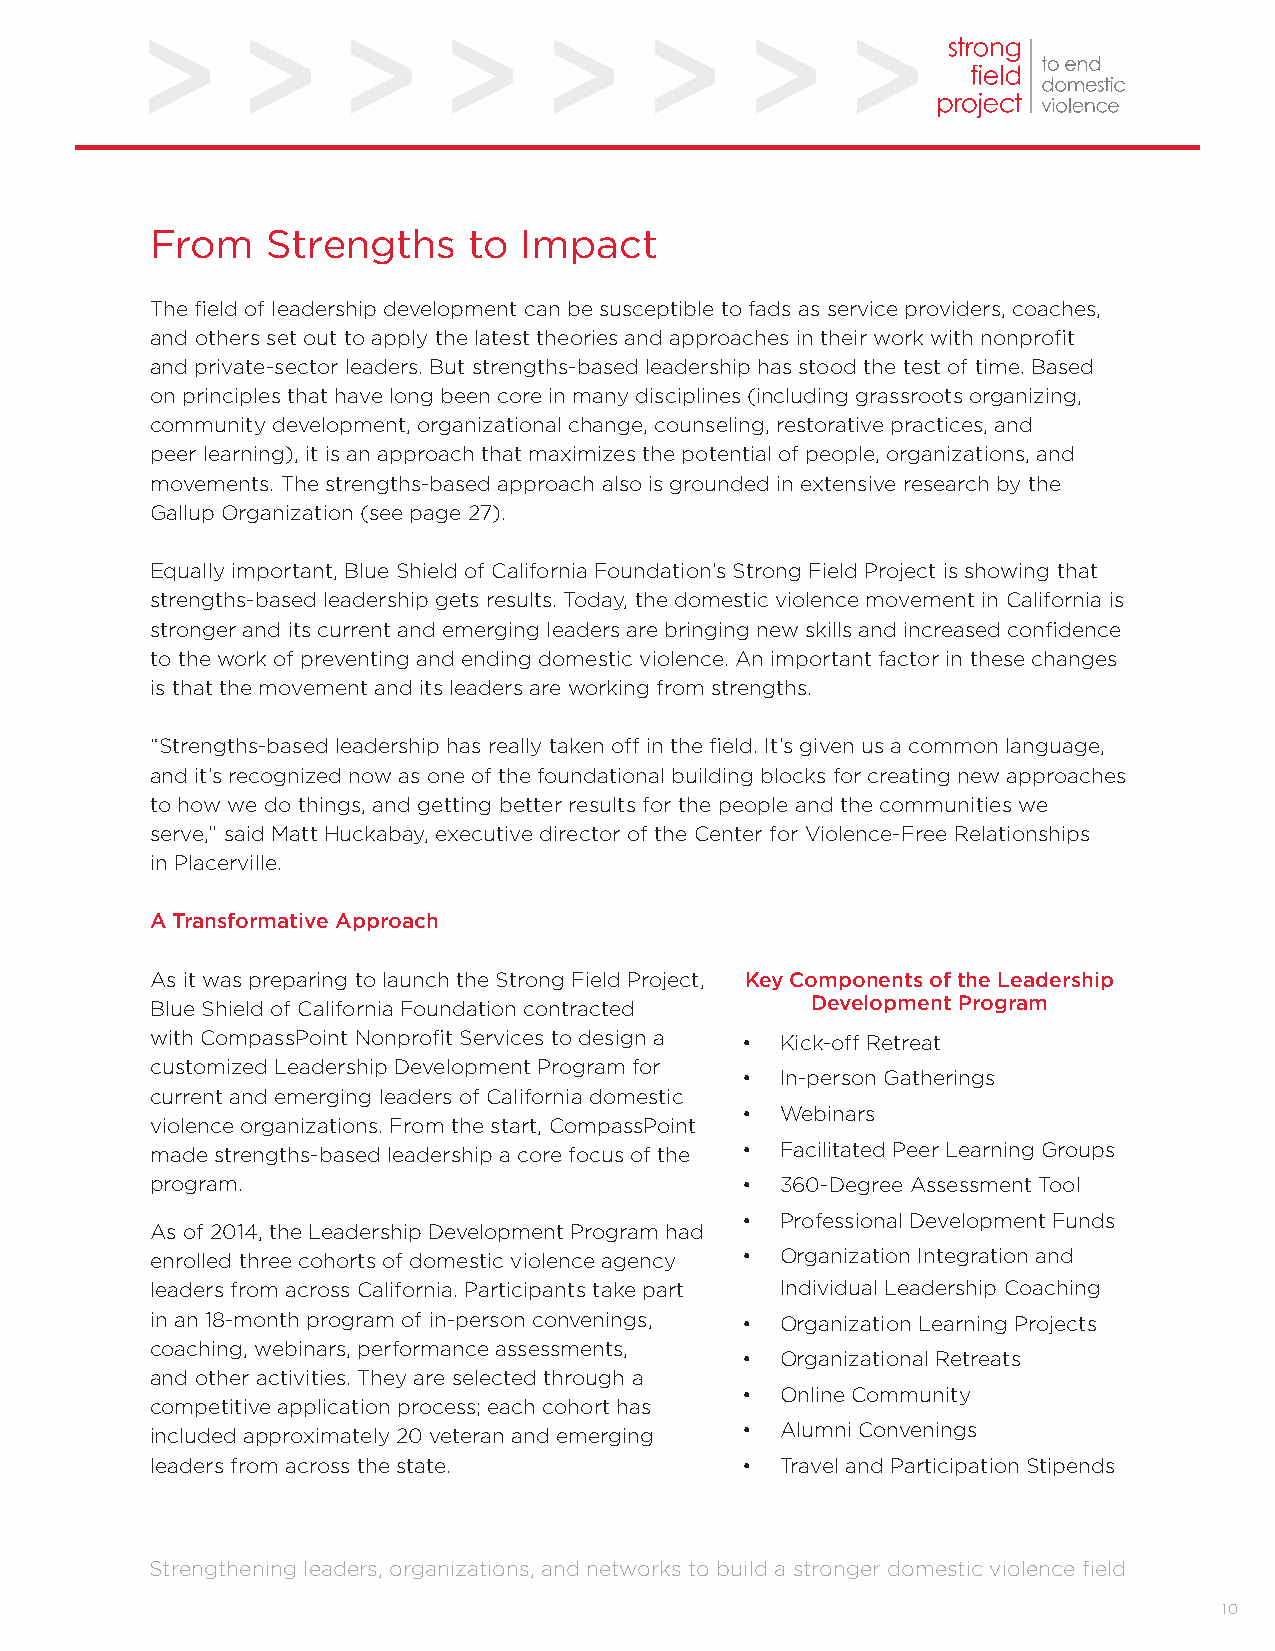
From    Strengths    to  Impact
 The field of leadership development can be susceptible to fads as service providers, coaches,
 and others set out to apply the latest theories and approaches in their work with nonprofit
 and private-sector leaders. But strengths-based leadership has stood the test of time. Based
 on principles that have long been core in many disciplines (including grassroots organizing,
 community development, organizational change, counseling, restorative practices, and
 peer learning), it is an approach that maximizes the potential of people, organizations, and
 movements. The strengths-based approach also is grounded in extensive research by the
 Gallup Organization (see page 27).
 Equally important, Blue Shield of California Foundation’s Strong Field Project is showing that
 strengths-based leadership gets results. Today, the domestic violence movement in California is
 stronger and its current and emerging leaders are bringing new skills and increased confidence
 to the work of preventing and ending domestic violence. An important factor in these changes
 is that the movement and its leaders are working from strengths.
 “Strengths-based leadership has really taken off in the field. It’s given us a common language,
 and it’s recognized now as one of the foundational building blocks for creating new approaches
 to how we do things, and getting better results for the people and the communities we
 serve,” said Matt Huckabay, executive director of the Center for Violence-Free Relationships
 in Placerville.
 A Transformative Approach
 As it was preparing to launch the Strong Field Project, Key Components of the Leadership
 Blue Shield of California Foundation contracted Development Program
 with CompassPoint Nonprofit Services to design a • Kick-off Retreat
 customized Leadership Development Program for
 •  In-person Gatherings
 current and emerging leaders of California domestic
 •  Webinars
 violence organizations. From the start, CompassPoint
 made strengths-based leadership a core focus of the • Facilitated Peer Learning Groups
 program.                               •  360-Degree Assessment Tool
 •  Professional Development Funds
 As of 2014, the Leadership Development Program had
 enrolled three cohorts of domestic violence agency • Organization Integration and
 leaders from across California. Participants take part Individual Leadership Coaching
 in an 18-month program of in-person convenings, • Organization Learning Projects
 coaching, webinars, performance assessments,
 •  Organizational Retreats
 and other activities. They are selected through a
 •  Online Community
 competitive application process; each cohort has
 included approximately 20 veteran and emerging • Alumni Convenings
 leaders from across the state.         •  Travel and Participation Stipends
 Strengthening leaders, organizations, and networks to build a stronger domestic violence field
 10